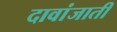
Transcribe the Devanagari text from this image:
दावांजाती